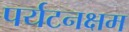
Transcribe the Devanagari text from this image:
पर्यटनक्षम